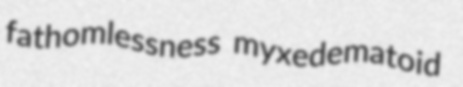
fathomlessness myxedematoid